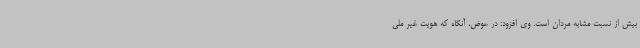
بیش از نسبت مشابه مردان است. وی افزود: در عوض، آنگاه که هویت غیر ملی